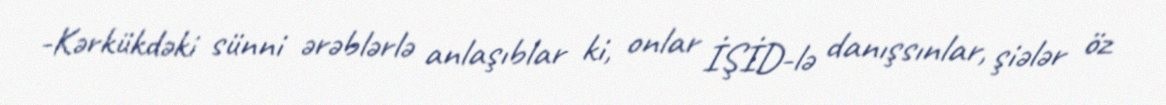
-Kərkükdəki sünni ərəblərlə anlaşıblar ki, onlar İŞİD-lə danışsınlar, şiələr öz